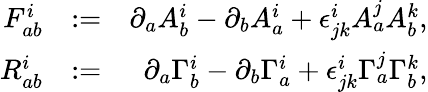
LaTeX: \begin{array}{rlr}{F_{ab}^{i}}&{:=}&{\partial_{a}A_{b}^{i}-\partial_{b}A_{a}^{i}+\epsilon^{i}_{jk}A_{a}^{j}A_{b}^{k},}\\ {R_{ab}^{i}}&{:=}&{\partial_{a}\Gamma_{b}^{i}-\partial_{b}\Gamma_{a}^{i}+\epsilon^{i}_{jk}\Gamma_{a}^{j}\Gamma_{b}^{k},}\end{array}